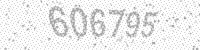
Solution: 606795